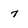
Character: 7